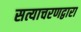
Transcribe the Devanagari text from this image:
सत्याचरणद्वारा